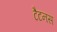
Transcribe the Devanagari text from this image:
टैटनस